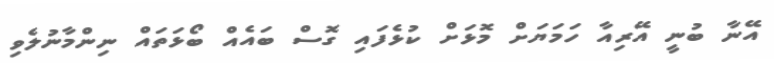
އޭނާ ބުނީ އޭރިއާ ހަމަޔަށް މޮޅަށް ކުޅެފައި ގޮސް ބައެއް ބޯޅަތައް ނިންމާނުލެވި